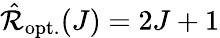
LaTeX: \hat{\mathcal{R}}_{\mathrm{opt.}}(J)=2J+1